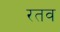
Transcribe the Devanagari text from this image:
रतव